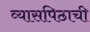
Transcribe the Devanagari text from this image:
व्यासपिठाची